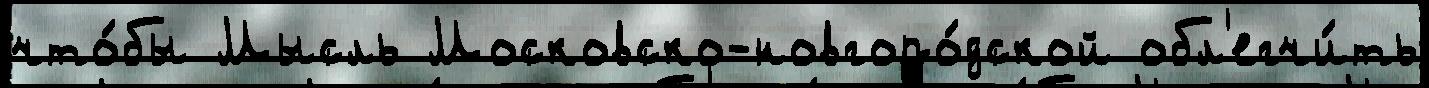
что́бы Мысль Московско-новгоро́дской обл'егчи́ть